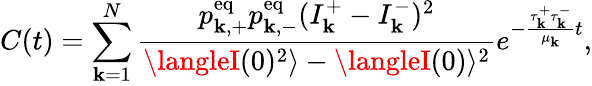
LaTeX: C(t)=\sum_{\mathbf{k}=1}^{N}\frac{{p_{\mathbf{k},+}^{\mathrm{{eq}}}p_{\mathbf{k},-}^{\mathrm{{eq}}}(I_{\mathbf{k}}^{+}-I_{\mathbf{k}}^{-})^{2}}}{{\langleI(0)^{2}\rangle-\langleI(0)\rangle^{2}}}e^{-\frac{{\tau_{\mathbf{k}}^{+}\tau_{\mathbf{k}}^{-}}}{{\mu_{\mathbf{k}}}}t},